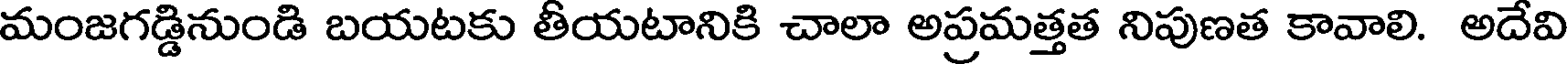
మంజగడ్డినుండి బయటకు తీయటానికి చాలా అప్రమత్తత నిపుణత కావాలి. అదేవి